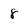
Character: 8